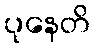
ပုနေတိ